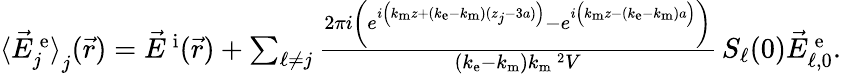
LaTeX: \begin{array}{r}{\langle\vec{E}_{j}^{\mathrm{\, e}}\rangle_{{\textstyle\mathstrut}j}(\vec{r})=\vec{E}^{\mathrm{\, i}}(\vec{r})+\sum_{\ell\neq j}\frac{2\pi i\left(e^{i\left(k_{\mathrm{m}}z+(k_{\mathrm{e}}-k_{\mathrm{m}})(z_{j}-3a)\vphantom{b^{2}}\right)}-e^{i\left(k_{\mathrm{m}}z-(k_{\mathrm{e}}-k_{\mathrm{m}})a\vphantom{b^{2}}\right)}\right)}{(k_{\mathrm{e}}-k_{\mathrm{m}})k_{\mathrm{m}}\, \! \! \, \! \, \, \! \, \, \! \! \, \! \, \, \! \! \, \! \! \, \! \, \, \! \! \, \! \! \, \! \, \, \! \, \, \! \! \, \! \, \, \! \! \, \! \! \, \! \, \, \! \, \, \! \! \, \! \, \, \! \, \, \! \! \, \! \, \, \! \! \, \! \! \, \! \, \, \! \, \, \! \! \, \! \, \, \! \, \, \! \! ^{2}V}\, S_{\ell}(0)\vec{E}_{\ell,0}^{\mathrm{\, e}}.}\end{array}